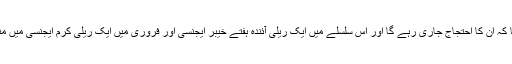
انھوں نے مزید کہا کہ ان کا احتجاج جاری رہے گا اور اس سلسلے میں ایک ریلی آئندہ ہفتے خیبر ایجنسی اور فروری میں ایک ریلی کرم ایجنسی میں منعقد کی جائے گی۔